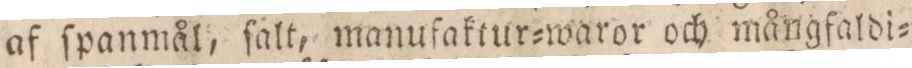
af ſpanmål, ſalt, manufaktur=waror och mångfaldi=